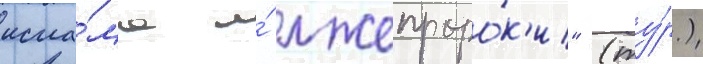
исла́ма и́ лжепроро́к'и" (ту́р.)